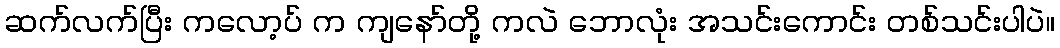
ဆက်လက်ပြီး ကလော့ပ် က ကျနော်တို့ ကလဲ ဘောလုံး အသင်းကောင်း တစ်သင်းပါပဲ။